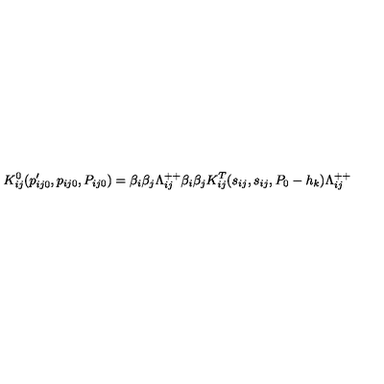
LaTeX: K _ { i j } ^ { 0 } ( p _ { i j 0 } ^ { \prime } , p _ { i j 0 } , P _ { i j 0 } ) = \beta _ { i } \beta _ { j } \Lambda _ { i j } ^ { + + } \beta _ { i } \beta _ { j } K _ { i j } ^ { T } ( s _ { i j } , s _ { i j } , P _ { 0 } - h _ { k } ) \Lambda _ { i j } ^ { + + }